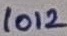
Text: 1012